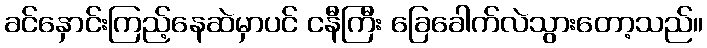
ခင်နှောင်းကြည့်နေဆဲမှာပင် ငနီကြီး ခြေခေါက်လဲသွားတော့သည်။